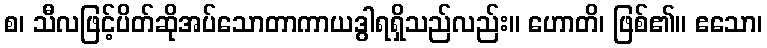
စ၊ သီလဖြင့်ပိတ်ဆိုအပ်သောတာကာယဒွါရရှိသည်လည်း။ ဟောတိ၊ ဖြစ်၏။ ဧသော၊